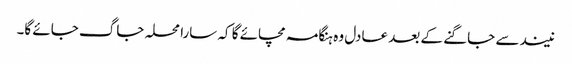
نیند سے جاگنے کے بعد عادل وہ ہنگامہ مچائے گا کہ سارا محلہ جاگ جائے گا۔